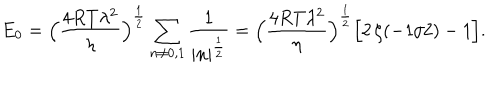
LaTeX: E _ { 0 } = \Bigl ( { \frac { 4 R T \lambda ^ { 2 } } { \eta } } \Bigr ) ^ { { \frac { 1 } { 2 } } } \sum _ { n \neq 0 , 1 } { \frac { 1 } { | n | ^ { { \frac { 1 } { 2 } } } } } = \Bigl ( { \frac { 4 R T \lambda ^ { 2 } } { \eta } } \Bigr ) ^ { { \frac { 1 } { 2 } } } \Bigl [ 2 \, \zeta ( - 1 / 2 ) - 1 \Bigr ] .